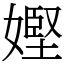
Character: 𡠩